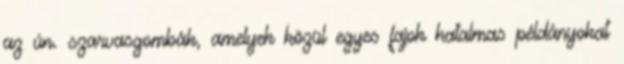
az ún. szarvasgombák, amelyek közül egyes fajok hatalmas példányokat